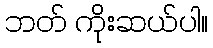
ဘတ် ကိုးဆယ်ပါ။